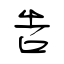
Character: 告